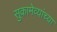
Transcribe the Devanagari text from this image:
सुकामेव्यांच्या